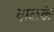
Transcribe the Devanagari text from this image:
बाळके